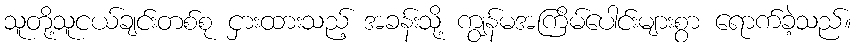
သူတို့သူငယ်ချင်းတစ်စု ငှားထားသည့် အခန်းသို့ ကျွန်မအကြိမ်ပေါင်းများစွာ ရောက်ခဲ့သည်။